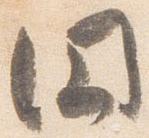
円